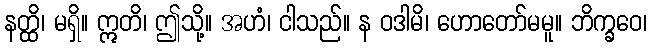
နတ္ထိ၊ မရှိ။ ဣတိ၊ ဤသို့။ အဟံ၊ ငါသည်။ န ဝဒါမိ၊ ဟောတော်မမူ။ ဘိက္ခဝေ၊